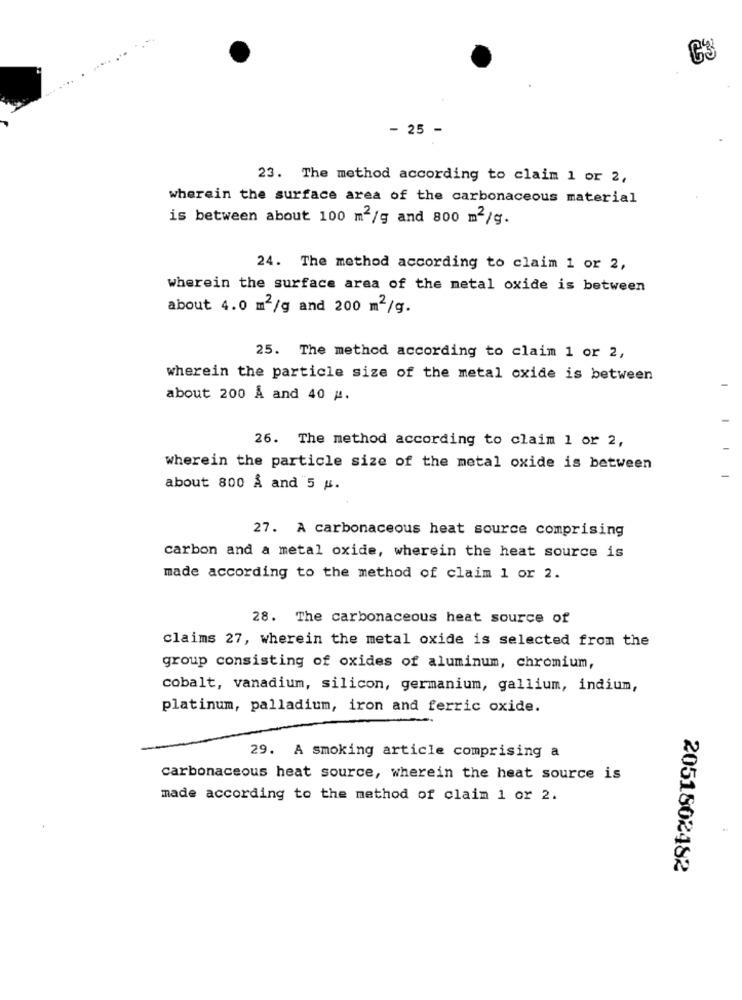
C'3
- 25 -
23. The method according to claim 1 or 2,
wherein the surface area of the carbonaceous material
is between about 100 m2/g and 800 m2/g.
24. The method according to claim 1 or 2,
wherein the surface area of the metal oxide is between
about 4.0 m2/g and 200 m2/g.
25. The method according to claim 1 or 2,
wherein the particle size of the metal oxide is between
about 200 Å and 40 #.
26. The method according to claim 1 or 2,
wherein the particle size of the metal oxide is between
about 800 Å and 5 g.
27. A carbonaceous heat source comprising
carbon and a metal oxide, wherein the heat source is
made according to the method of claim 1 or 2.
28. The carbonaceous heat source of
claims 27, wherein the metal oxide is selected from the
group consisting of oxides of aluminum, chromium,
cobalt, vanadium, silicon, germanium, gallium, indium,
platinum, palladium, iron and ferric oxide.
29. A smoking article comprising a
carbonaceous heat source, wherein the heat source is
made according to the method of claim 1 or 2.
2051802482